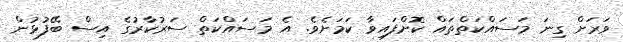
ވަރަށް ގިނަ މަސައްކަތްތައް ކޮށްފައިވާ ކަމަށެވެ. އެ މަސައްކަތް ސަރުކާރުގެ އިސް ބޭފުޅުން